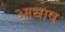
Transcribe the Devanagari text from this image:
आधाष